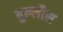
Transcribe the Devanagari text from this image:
बुल्लौस